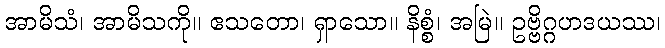
အာမိသံ၊ အာမိသကို။ ဧသတော၊ ရှာသော။ နိစ္စံ၊ အမြဲ။ ဥဗ္ဗိဂ္ဂဟဒယဿ၊